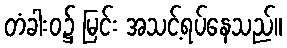
တံခါးဝ၌ မြင်း အသင့်ရပ်နေသည်။